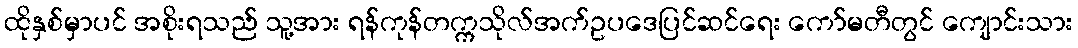
ထိုနှစ်မှာပင် အစိုးရသည် သူ့အား ရန်ကုန်တက္ကသိုလ်အက်ဥပဒေပြင်ဆင်ရေး ကော်မတီတွင် ကျောင်းသား